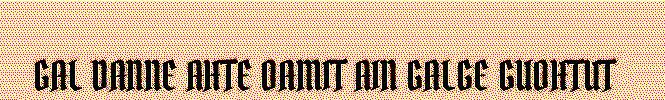
GAL DANNE AHTE OAMIT AIN GALGE GUOHTUT